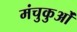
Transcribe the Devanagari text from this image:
मंचुकुओं